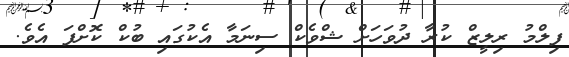
ފިލްމު ރިލީޒް ކުރާ ދުވަހަށް ޝްވެކް ސިނަމާ އެކުގައި ބުކް ކޮށްފަ އެވެ.